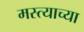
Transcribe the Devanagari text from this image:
मस्त्याच्या